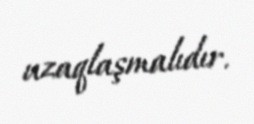
uzaqlaşmalıdır.